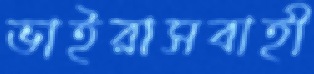
ভাইরাসবাহী